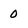
Character: 0